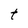
Character: t